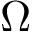
\Omega